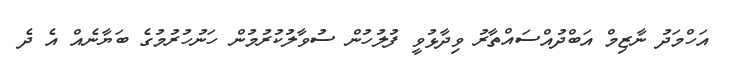
އަހްމަދު ނާޒިމް އަބްދުއްސައްތާރު ވިދާޅުވީ ފުލުހުން ސުވާލުކުރުމުން ހަނުހުރުމުގެ ބަޔާނެއް އެ ދެ